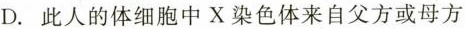
D. 此人的体细胞中X染色体来自父方或母方